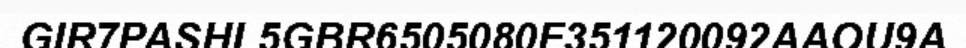
GIR7PASHL5GBR6505080F351120092AAOU9A